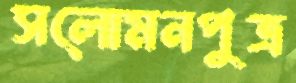
সলোমনপুত্র